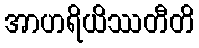
အာဟရိယိဿတီတိ